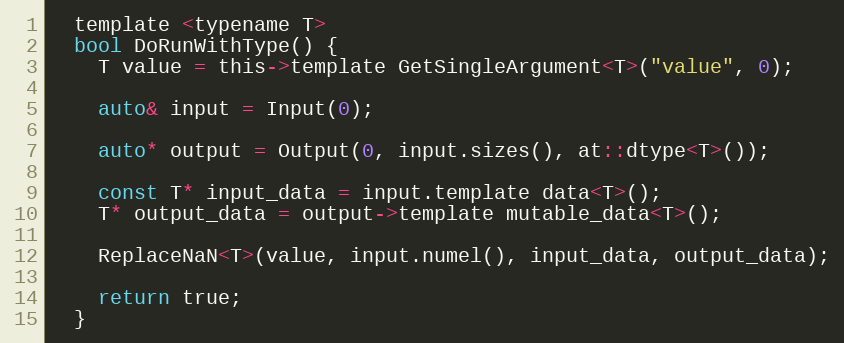
Language: C
  template <typename T>
  bool DoRunWithType() {
    T value = this->template GetSingleArgument<T>("value", 0);

    auto& input = Input(0);

    auto* output = Output(0, input.sizes(), at::dtype<T>());

    const T* input_data = input.template data<T>();
    T* output_data = output->template mutable_data<T>();

    ReplaceNaN<T>(value, input.numel(), input_data, output_data);

    return true;
  }